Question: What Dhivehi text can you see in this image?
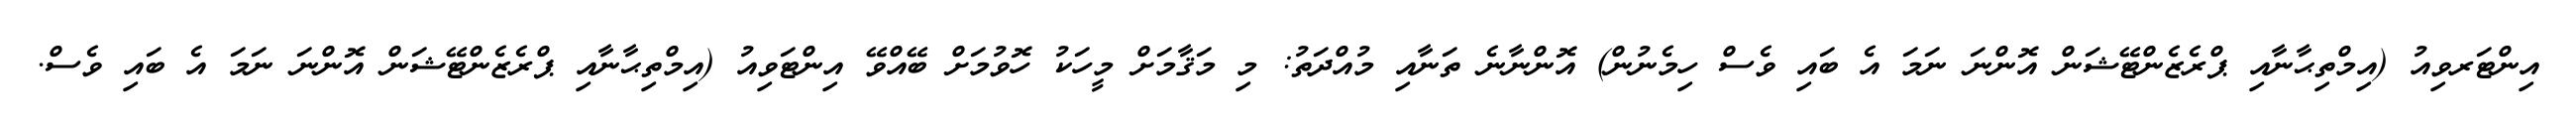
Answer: އިންޓަރވިއު (އިމްތިޙާނާއި ޕްރެޒެންޓޭޝަން އޮންނަ ނަމަ އެ ބައި ވެސް ހިމެނުން) އޮންނާނެ ތަނާއި މުއްދަތު: މި މަޤާމަށް މީހަކު ހޮވުމަށް ބޭއްވޭ އިންޓަވިއު (އިމްތިޙާނާއި ޕްރެޒެންޓޭޝަން އޮންނަ ނަމަ އެ ބައި ވެސް.